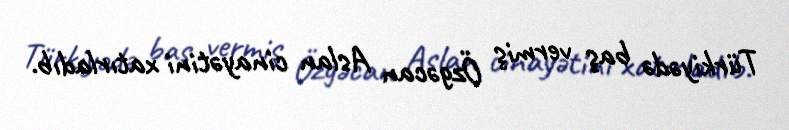
Türkiyədə baş vermiş Özgəcan Aslan cinayətini xatırladıb.